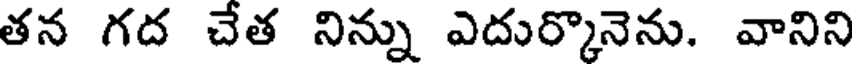
తన గద చేత నిన్ను ఎదుర్కొనెను. వానిని